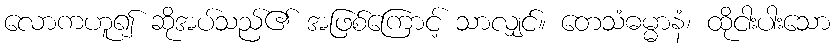
လောကဟူ၍ ဆိုအပ်သည်၏ အဖြစ်ကြောင့် သာလျှင်။ တေသံဓမ္မာနံ၊ ထိုငါးပါးသော